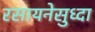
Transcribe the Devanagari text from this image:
रसायनेसुध्दा